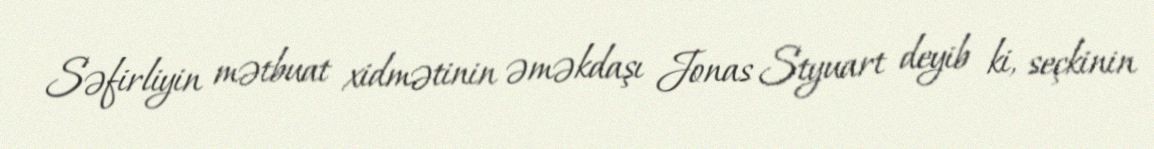
Səfirliyin mətbuat xidmətinin əməkdaşı Jonas Styuart deyib ki, seçkinin